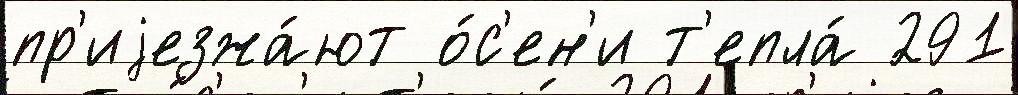
пр'иjезжа́ют о́с'ен'и т'епла́ 291